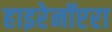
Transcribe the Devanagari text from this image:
हाइरेनॉप्टरा